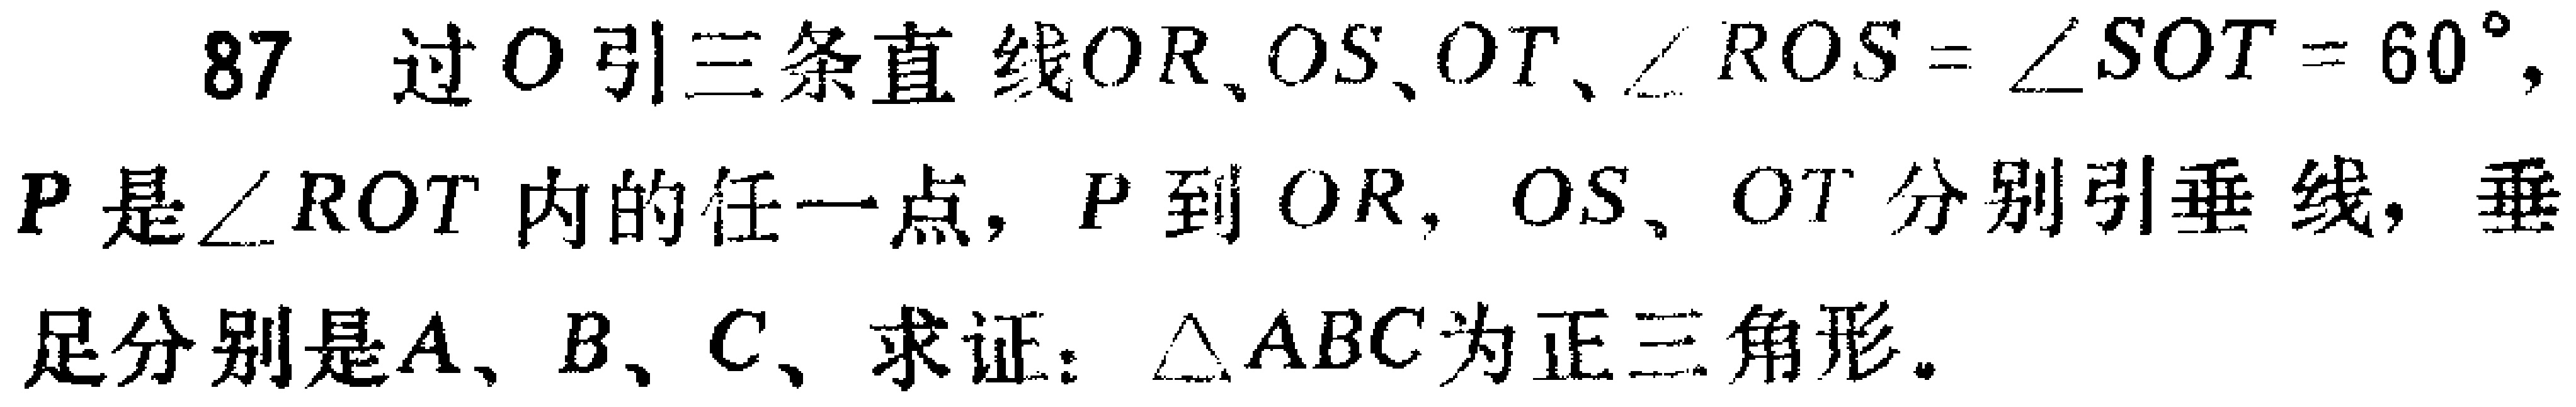
87 过\(O\)引三条直线\(OR\)、\(OS\)、\(OT\)，\(\angle ROS = \angle SOT = 60^{\circ}\)，\(P\)是\(\angle ROT\)内的任一点，\(P\)到\(OR\)，\(OS\)，\(OT\)分别引垂线，垂足分别是\(A\)、\(B\)、\(C\)，求证：\(\triangle ABC\)为正三角形。